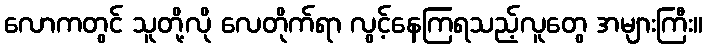
လောကတွင် သူတို့လို လေတိုက်ရာ လွင့်နေကြရသည့်လူတွေ အများကြီး။